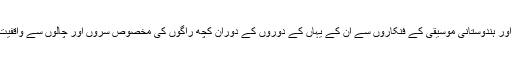
ہاں البتہ یہاں پر چند ایک پاکستانی اور ہندوستانی موسیقی کے فنکاروں سے ان کے یہاں کے دوروں کے دوران کچھ راگوں کی مخصوص سُروں اور چالوں سے واقفیت حاصل کرکے کافی امداد مِلی ہے۔